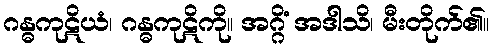
ဂန္ဓကုဋိယံ၊ ဂန္ဓကုဋိကို။ အဂ္ဂိံ အဒါသိ၊ မီးတိုက်၏။